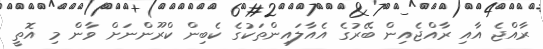
ރާއްޖެ އާއި ރާއްޖެއިން ބޭރުގެ އެއާލައިންތަކުގެ ކެބިން ކްރޫންނަށް ވާން މި އޮތީ